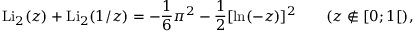
\operatorname { L i } _ { 2 } ( z ) + \operatorname { L i } _ { 2 } ( 1 / z ) = - { \frac { 1 } { 6 } } \pi ^ { 2 } - { \frac { 1 } { 2 } } [ \ln ( - z ) ] ^ { 2 } \qquad ( z \not \in [ 0 ; 1 [ ) ,